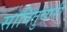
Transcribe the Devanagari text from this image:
सावितुवारी